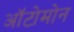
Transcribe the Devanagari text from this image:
ऑटोमोन